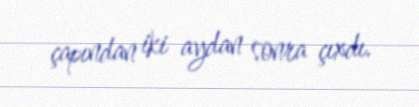
çapından iki aydan sonra çıxdı.